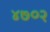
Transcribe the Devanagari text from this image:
४७०२